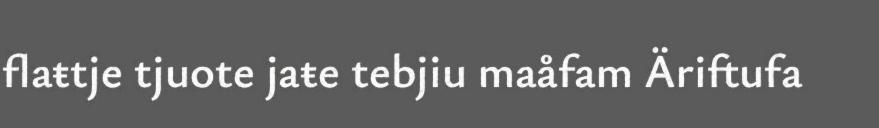
flaŧtje tjuote jaŧe tebjiu maåfam Äriftufa